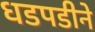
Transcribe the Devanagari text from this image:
धडपडीने